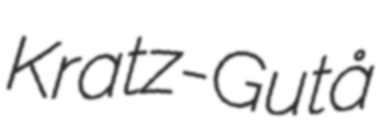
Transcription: Kratz-Gutå